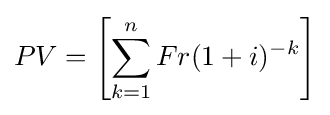
PV=\left[\sum _{k=1}^{n}Fr(1+i)^{-k}\right]